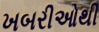
ખબરીઓથી